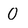
Character: 0